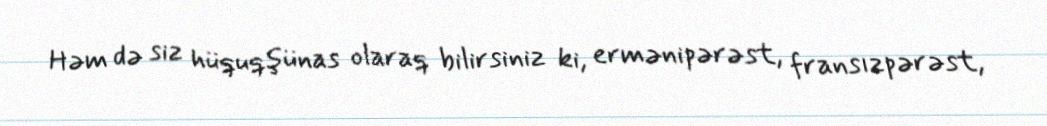
Həm də siz hüquqşünas olaraq bilirsiniz ki, ermənipərəst, fransızpərəst,